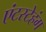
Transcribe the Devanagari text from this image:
एंटस्टेहंग